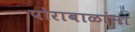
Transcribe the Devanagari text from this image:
पोराबाळांना